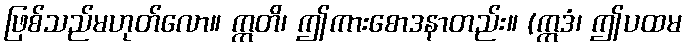
ဖြစ်သည်မဟုတ်လော။ ဣတိ၊ ဤကားစောဒနာတည်း။ (ဣဒံ၊ ဤပထမ